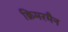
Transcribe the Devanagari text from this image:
क्रिमरमैन